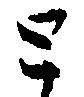
と